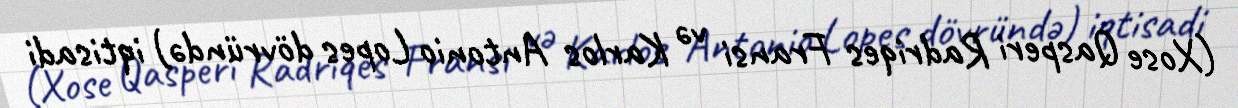
(Xose Qasperi Radriqes Fransi və Karlos Antonio Lopes dövründə) iqtisadi